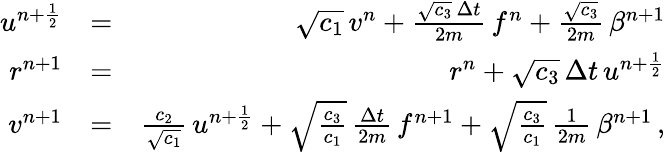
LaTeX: \begin{array}{rlr}{u^{n+\frac{1}{2}}}&{=}&{\sqrt{c_{1}}\, v^{n}+\frac{\sqrt{c_{3}}\, \Delta{t}}{2m}\, f^{n}+\frac{\sqrt{c_{3}}}{2m}\, \beta^{n+1}}\\ {r^{n+1}}&{=}&{r^{n}+\sqrt{c_{3}}\, \Delta{t}\, u^{n+\frac{1}{2}}}\\ {v^{n+1}}&{=}&{\frac{c_{2}}{\sqrt{c_{1}}}\, u^{n+\frac{1}{2}}+\sqrt{\frac{c_{3}}{c_{1}}}\, \frac{\Delta{t}}{2m}\, f^{n+1}+\sqrt{\frac{c_{3}}{c_{1}}}\, \frac{1}{2m}\, \beta^{n+1}\, ,}\end{array}